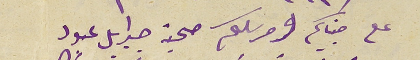
على جنابكم ومرسلكم صحبة جبرايل عبود